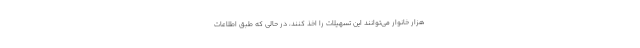
هزار خانوار می‌توانند این تسهیلات را اخذ کنند، در حالی که طبق اطلاعات